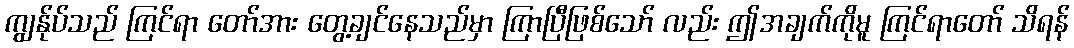
ကျွန်ုပ်သည် ကြင်ရာ တော်အား တွေ့ချင်နေသည်မှာ ကြာပြီဖြစ်သော် လည်း ဤအချက်ကိုမူ ကြင်ရာတော် သိရန်